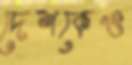
দেশকেও